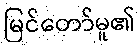
မြင်တော်မူ၏